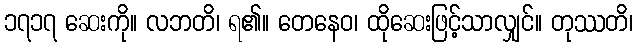
၁၇၁၇ ဆေးကို။ လဘတိ၊ ရ၏။ တေနေဝ၊ ထိုဆေးဖြင့်သာလျှင်။ တုဿတိ၊